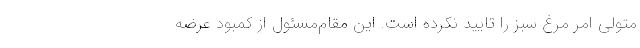
متولی امر مرغ سبز را تایید نکرده است. این مقام‌مسئول از کمبود عرضه